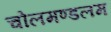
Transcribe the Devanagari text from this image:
चोलमण्डलम